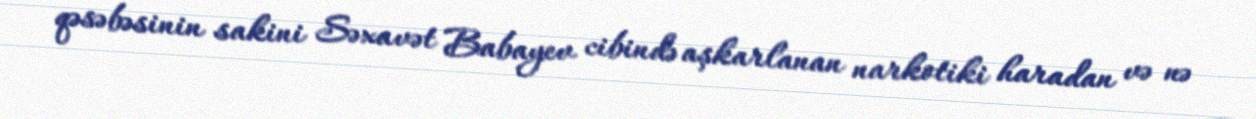
qəsəbəsinin sakini Səxavət Babayev cibində aşkarlanan narkotiki haradan və nə